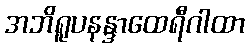
အဘိရူပနန္ဒာထေရီဂါထာ